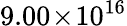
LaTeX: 9.00\! \times\! 10^{16}